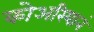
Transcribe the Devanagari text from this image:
कोअरियानं